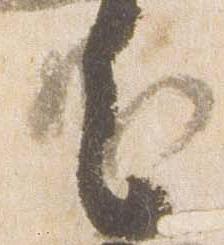
之